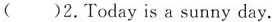
( )2.Today is a sunny day.